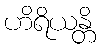
ဟိရိယန္တိ